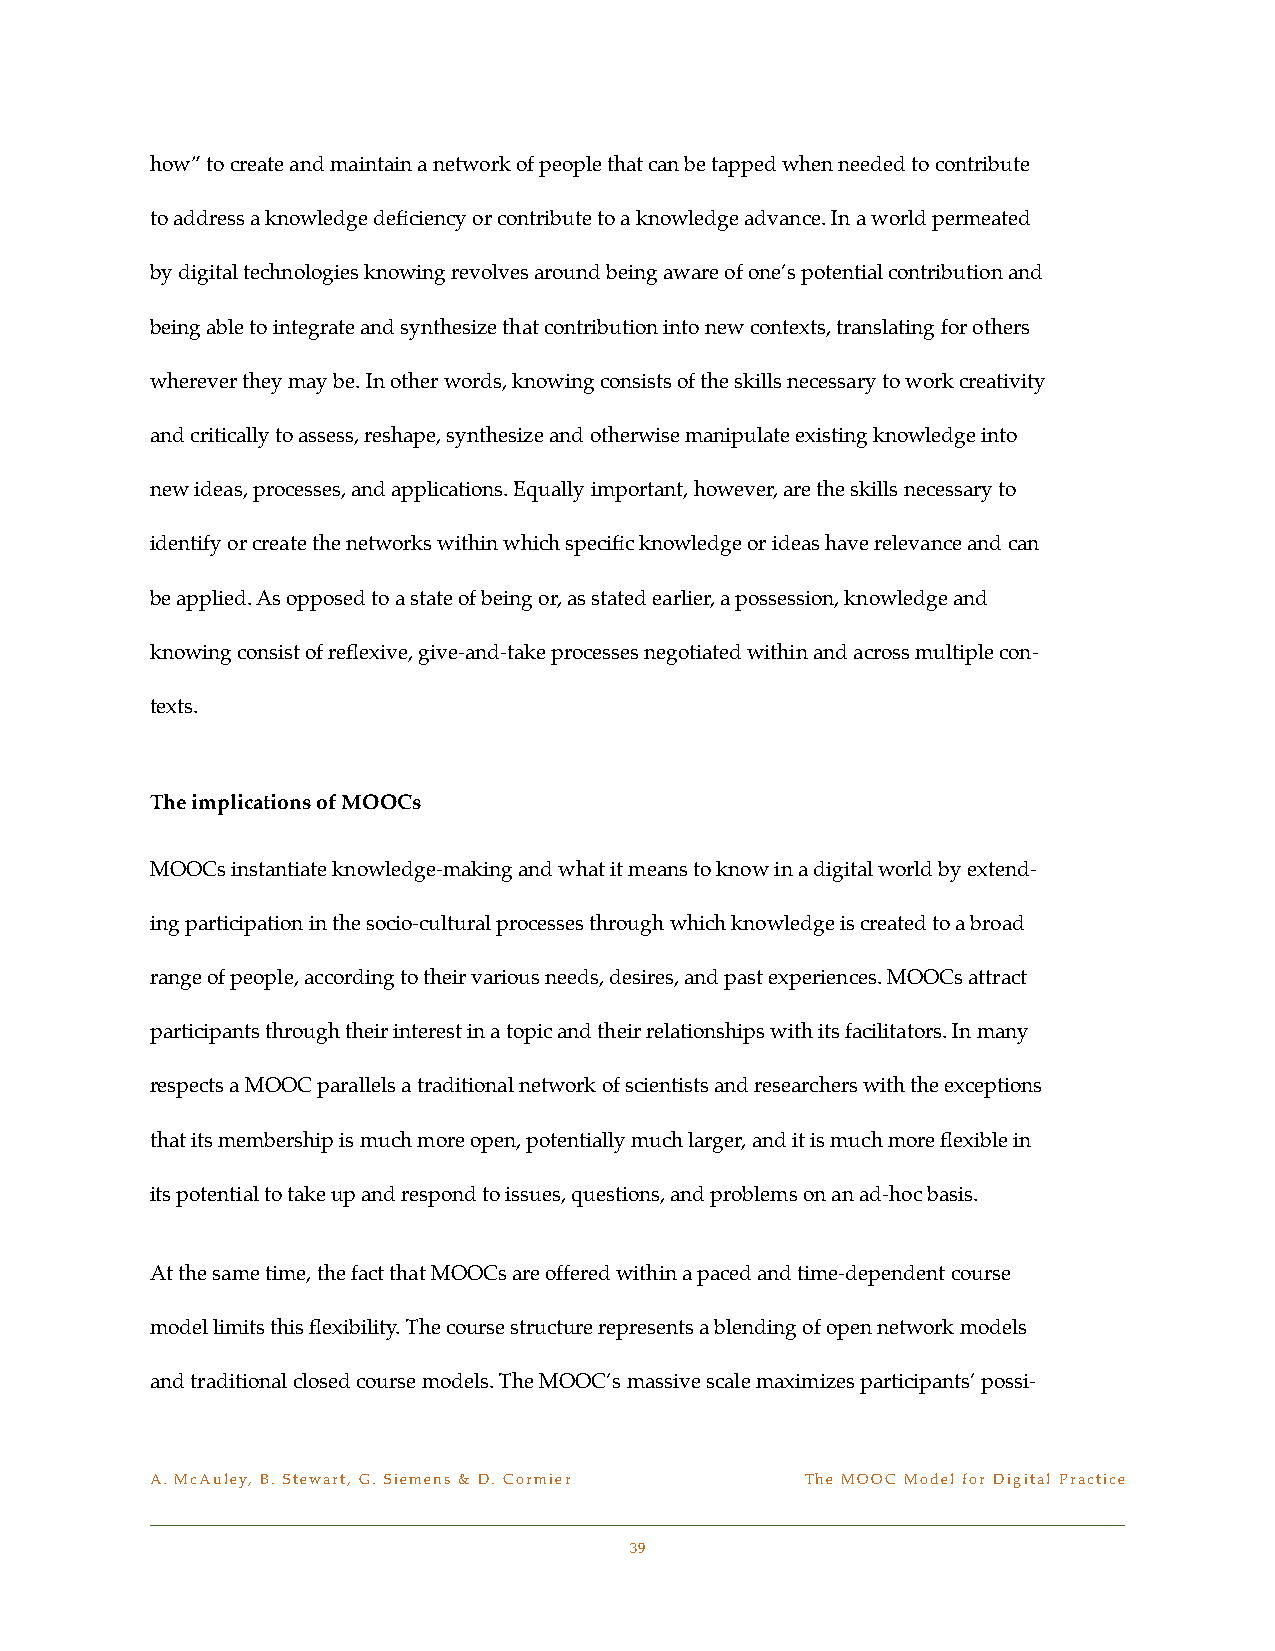
how” to create and maintain a network of people that can be tapped when needed to contribute
 to address a knowledge deficiency or contribute to a knowledge advance. In a world permeated
 by digital technologies knowing revolves around being aware of one’s potential contribution and
 being able to integrate and synthesize that contribution into new contexts, translating for others
 wherever they may be. In other words, knowing consists of the skills necessary to work creativity
 and critically to assess, reshape, synthesize and otherwise manipulate existing knowledge into
 new ideas, processes, and applications. Equally important, however, are the skills necessary to
 identify or create the networks within which specific knowledge or ideas have relevance and can
 be applied. As opposed to a state of being or, as stated earlier, a possession, knowledge and
 knowing consist of reflexive, give-and-take processes negotiated within and across multiple con-
 texts.
 The implications of MOOCs
 MOOCs instantiate knowledge-making and what it means to know in a digital world by extend-
 ing participation in the socio-cultural processes through which knowledge is created to a broad
 range of people, according to their various needs, desires, and past experiences. MOOCs attract
 participants through their interest in a topic and their relationships with its facilitators. In many
 respects a MOOC parallels a traditional network of scientists and researchers with the exceptions
 that its membership is much more open, potentially much larger, and it is much more flexible in
 its potential to take up and respond to issues, questions, and problems on an ad-hoc basis.
 At the same time, the fact that MOOCs are offered within a paced and time-dependent course
 model limits this flexibility. The course structure represents a blending of open network models
 and traditional closed course models. The MOOC’s massive scale maximizes participants’ possi-
 A. McAuley, B. Stewart, G. Siemens & D. Cormier! The MOOC Model for Digital Practice
 39